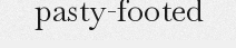
pasty-footed